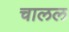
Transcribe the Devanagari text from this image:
चालल